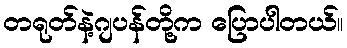
တရုတ်နဲ့ဂျပန်တို့က ပြောပါတယ်။